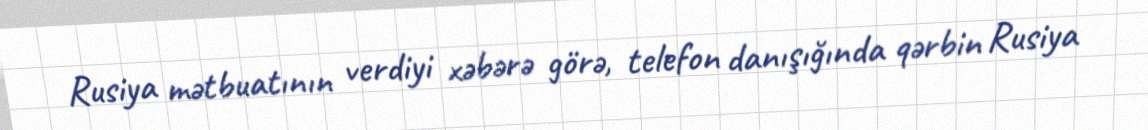
Rusiya mətbuatının verdiyi xəbərə görə, telefon danışığında qərbin Rusiya